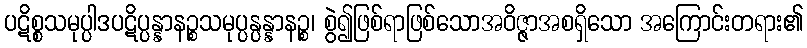
ပဋိစ္စသမုပ္ပါဒပဋိပ္ပန္နာနဉ္စသမုပ္ပန္ပန္နာနဉ္စ၊ စွဲ၍ဖြစ်ရာဖြစ်သောအဝိဇ္ဇာအစရှိသော အကြောင်းတရား၏